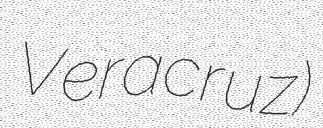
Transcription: Veracruz)